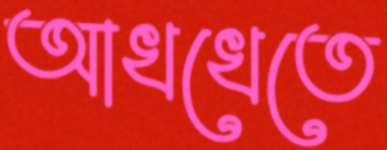
আখখেতে